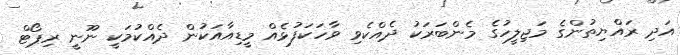
އަދި ރައްޔިތުންގެ މަޖިލީހުގެ މެންބަރަކު ދެއްކެވި ވާހަކަފުޅެއް މީޑިއާއަކުން ދެއްކުމަކީ ނޫނީ ރިޕޯޓް